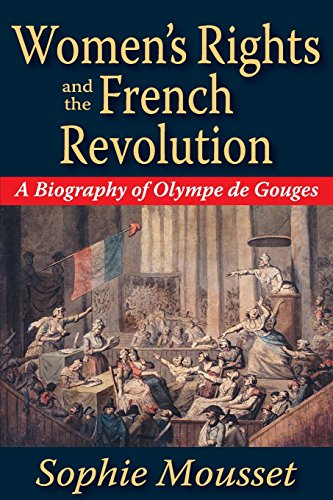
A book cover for Women's Rights and the French Revolution: A Biography of Olympe de Gouges; Sophie Mousset; Gay & Lesbian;